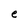
Character: e